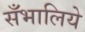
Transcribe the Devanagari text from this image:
सँभालिये